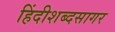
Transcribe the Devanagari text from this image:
हिंदीशब्दसागर